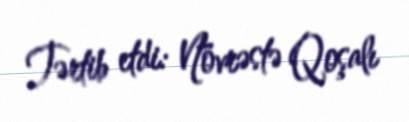
Tərtib etdi: Növrəstə Qoşalı